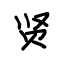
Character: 贤